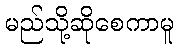
မည်သို့ဆိုစေကာမူ